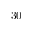
3 0